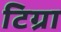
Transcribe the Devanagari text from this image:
टिग्रा